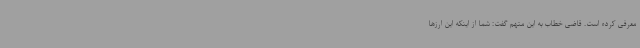
معرفی کرده است. قاضی خطاب به این متهم گفت: شما از اینکه این ارزها